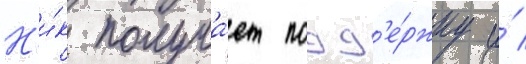
Н'и́к получа́ет подд'е́ржку и́